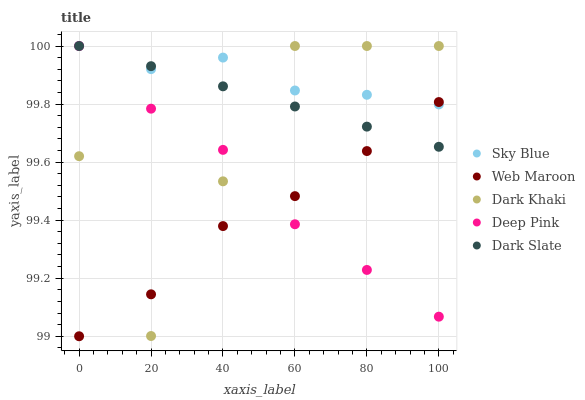
| xaxis_label | Sky Blue | Web Maroon | Dark Khaki | Deep Pink | Dark Slate |
 | --- | --- | --- | --- | --- | --- |
 | 0 | 100 | 99 | 99.6 | 100 | 100 |
 | 20 | 99.9 | 99.1 | 99 | 99.8 | 99.9 |
 | 40 | 100 | 99.4 | 99.5 | 99.6 | 99.9 |
 | 60 | 99.8 | 99.5 | 100 | 99.4 | 99.8 |
 | 80 | 99.8 | 99.6 | 100 | 99.2 | 99.7 |
 | 100 | 99.8 | 99.8 | 100 | 99.1 | 99.7 |